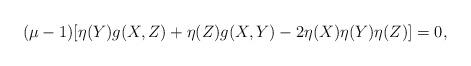
LaTeX: \begin{align*}(\mu-1)[\eta(Y)g(X,Z)+\eta(Z)g(X,Y)-2\eta(X)\eta(Y)\eta(Z)]=0,\end{align*}